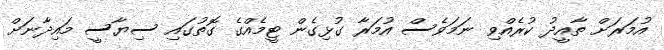
އުމަރަށް ތާއީދު ކުރެއްވި ނަމަވެސް އުމަރާ ގުޅިގެން ޓީމެއްގެ ގޮތުގައި ސިޔާސީ މައިދާނަށް